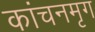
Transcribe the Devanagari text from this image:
कांचनमृग